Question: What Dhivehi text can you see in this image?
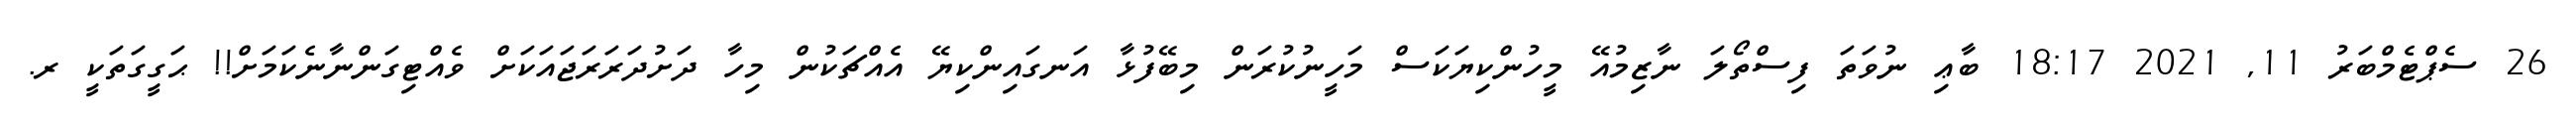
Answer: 26 ސެޕްޓެމްބަރު 11, 2021 18:17 ބާޢި ނުވަތަ ފިސްތޯލަ ނާޒިމުއޭ މީހުންކިޔަކަސް މަހީނުކުރަން މިބޭފުޅާ އަނގައިންކިޔޭ އެއްޗަކުން މިހާ ދަށުދަރަރަޖައަކަށް ވެއްޓިގަންނާނެކަމަށް!! ޙަގީގަތަކީ ރ.